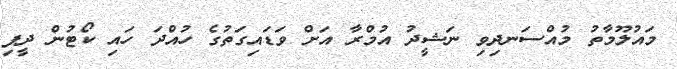
މައުލޫމާތު މުއްސަނދިވި ނަޝީދު އުމްރާ އަށް ވަޑައިގަތުގެ ހުއްދަ ހައި ކޯޓުން ދީފި